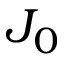
J _ { 0 }